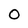
Character: O